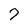
Character: 7